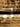
لو